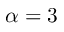
\alpha = 3